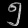
Digit: ၅